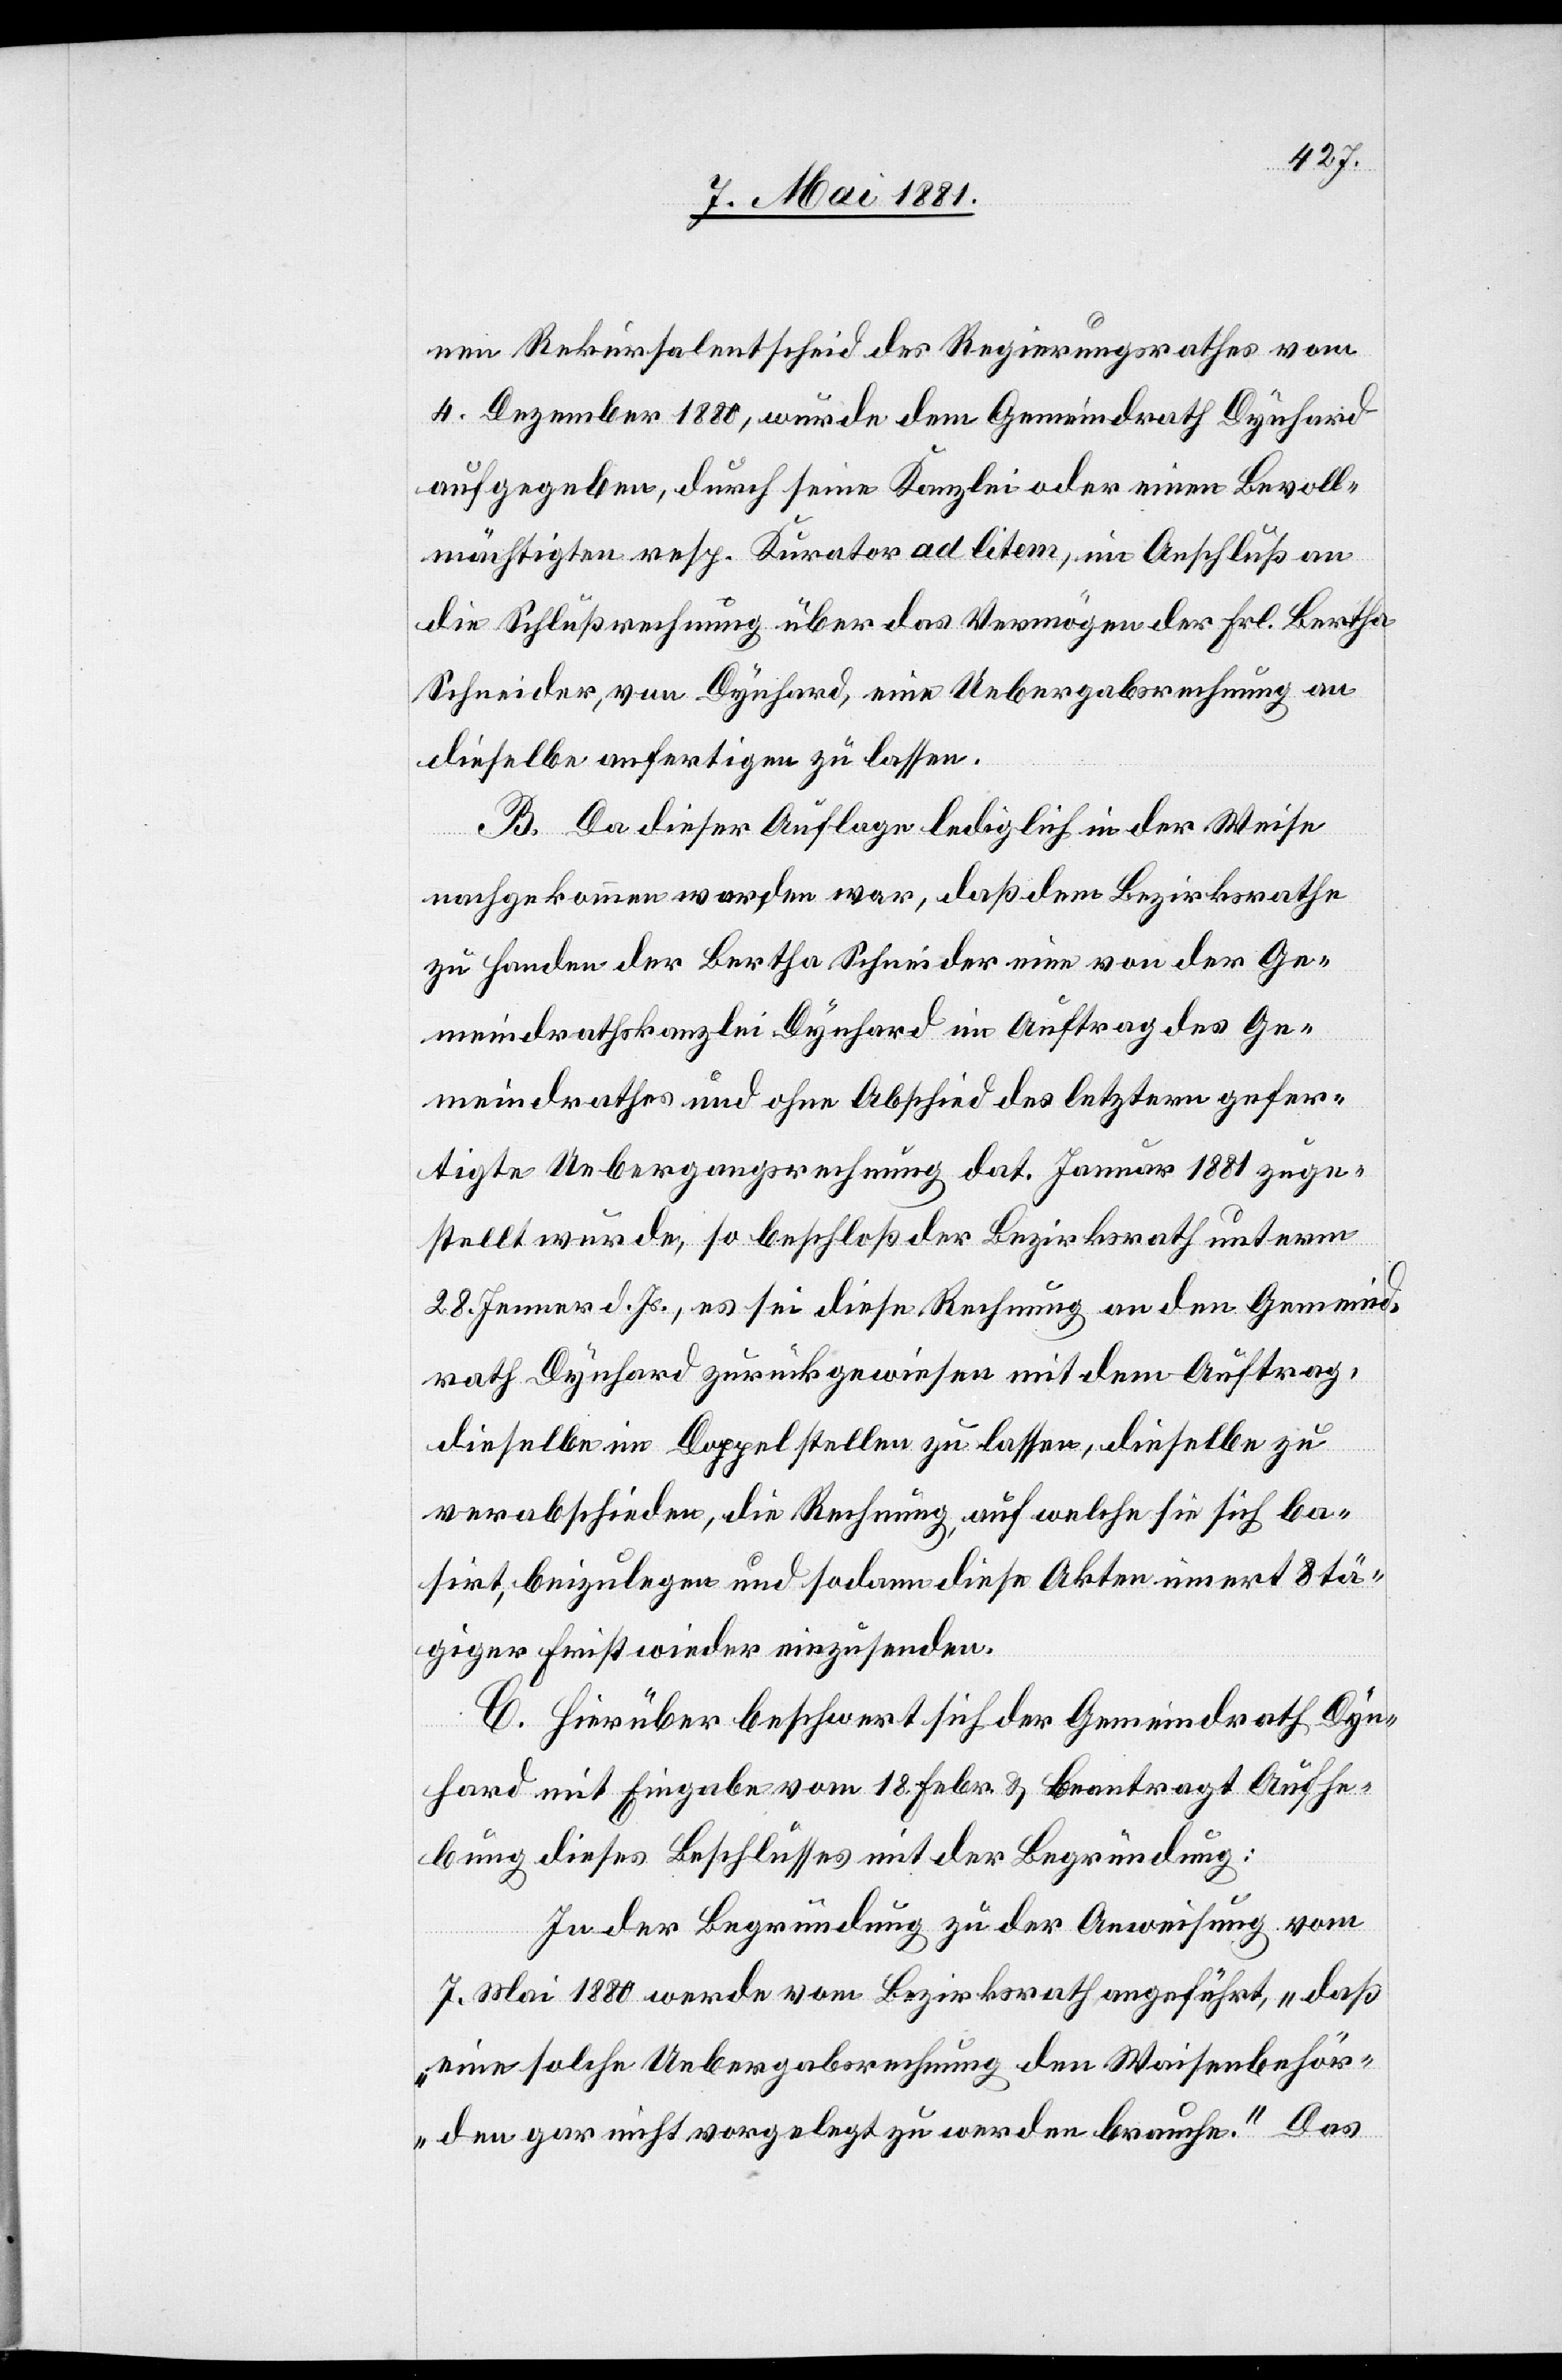
nen Rekursalentscheid des Regierungsrathes vom
4. Dezember 1880, wurde dem Gemeindrath Dynhard
aufgegeben, durch seine Kanzlei oder einen Bevoll¬
mächtigten resp. Kurator ad litem, ein Anschluß an
die Schlußrechnung über das Vermögen der Frl. Bertha
Schneider, von Dynhard, eine Uebergabsrechnung an
dieselbe anfertigen zu lassen.
B. Da dieser Auflage lediglich in der Weise
nachgekommen worden war, daß dem Bezirksrathe
zu Handen der Bertha Schneider eine von der Ge¬
meindrathskanzlei Dynhard im Auftrag des Ge¬
meindrathes und ohne Abschied des letztern gefer¬
tigte Uebergabsrechnung dat. Januar 1881 zuge¬
stellt wurde, so beschloß der Bezirksrath unterm
28. Jenner d. Js., es sei diese Rechnung an den Gemeind¬
rath Dynhard zurückgewiesen mit dem Auftrag,
dieselbe im Doppel stellen zu lassen, dieselbe zu
verabschieden, die Rechnung, auf welche sie sich ba¬
sirt, beizulegen und sodann diese Akten innert 8 tä¬
giger Frist wieder einzusenden.
C. Hierüber beschwert sich der Gemeindrath Dyn¬
hard mit Eingabe vom 18. Febr. & beantragt Aufhe¬
bung dieses Beschlusses mit der Begründung:
In der Begründung zu der Anweisung vom
7. Mai 1880 werde vom Bezirksrath angeführt, „daß
eine solche Uebergabsrechnung den Waisenbehör¬
den gar nicht vorgelegt zu werden brauche.“ Das